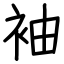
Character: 袖